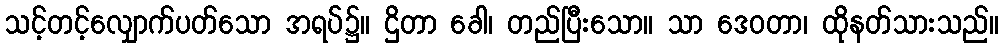
သင့်တင့်လျှောက်ပတ်သော အရပ်၌။ ဌိတာ ခေါ၊ တည်ပြီးသော။ သာ ဒေဝတာ၊ ထိုနတ်သားသည်။